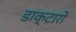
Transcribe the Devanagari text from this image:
डाक्टारो